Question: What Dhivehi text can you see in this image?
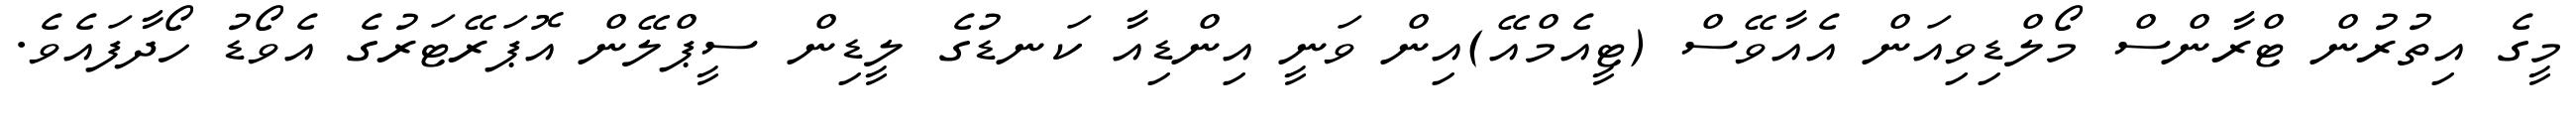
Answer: މީގެ އިތުރުން ޓްރާންސް މޯލްޑިވިއަން އެއާވޭސް (ޓީއެމްއޭ)އިން ވަނީ އިންޑިއާ ކަނޑުގެ ލީޑިން ސީޕްލޭން އޮޕަރޭޓަރުގެ އެވޯޑު ހޯދާފައެވެ.